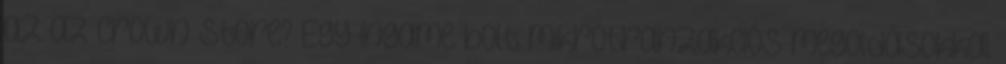
az az Crown Store? Egy ingame bolt mikrotranzakciós megoldásokkal